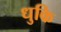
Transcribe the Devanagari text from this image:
धुकि